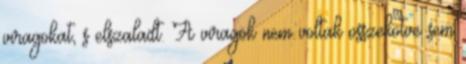
viragokat, s elszaladt. A viragok nem voltak osszekotve sem